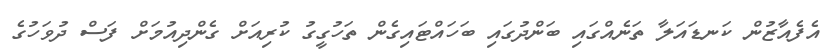
އެފެއާޒުން ކަނޑައަލާ ތަނެއްގައި ބަންދުގައި ބަހައްޓައިގެން ތަހުގީގު ކުރިއަށް ގެންދިއުމަށް ފަސް ދުވަހުގެ